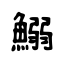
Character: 鰯